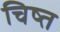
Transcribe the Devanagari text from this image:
चिष्त